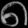
Digit: ၈